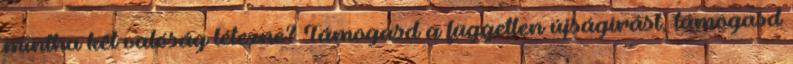
mintha két valóság létezne? Támogasd a független újságírást, támogasd